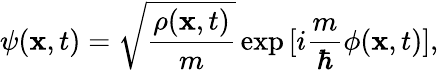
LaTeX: \psi({\mathbf x},t)=\sqrt{\frac{\rho({\mathbf x},t)}{m}}\exp{[i\frac{m}{\hbar}\phi({\mathbf x},t)]},